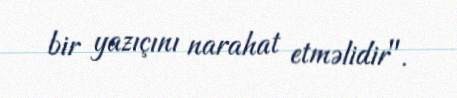
bir yazıçını narahat etməlidir".